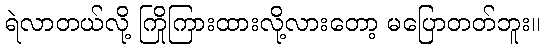
ရဲလာတယ်လို့ ကြိုကြားထားလို့လားတော့ မပြောတတ်ဘူး။